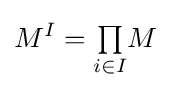
M^{I}={\textstyle \prod \limits _{i\in I}}M